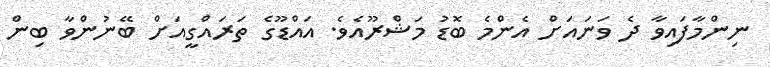
ނިންމާފައިވާ ދެ ވަނައަށް އެންމެ ބޮޑު މަޝްރޫއެވެ. އައްޑޫގެ ތަރައްގީއަށް ބޭނުންވާ ބިން